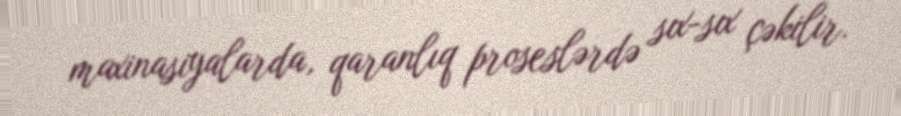
maxinasiyalarda, qaranlıq proseslərdə sıx-sıx çəkilir.